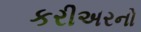
કરીઅરનો